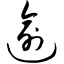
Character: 逾